Code of medical and sanitary regulations for the guidance of medical officers serving in the Madras Presidency - Volume I
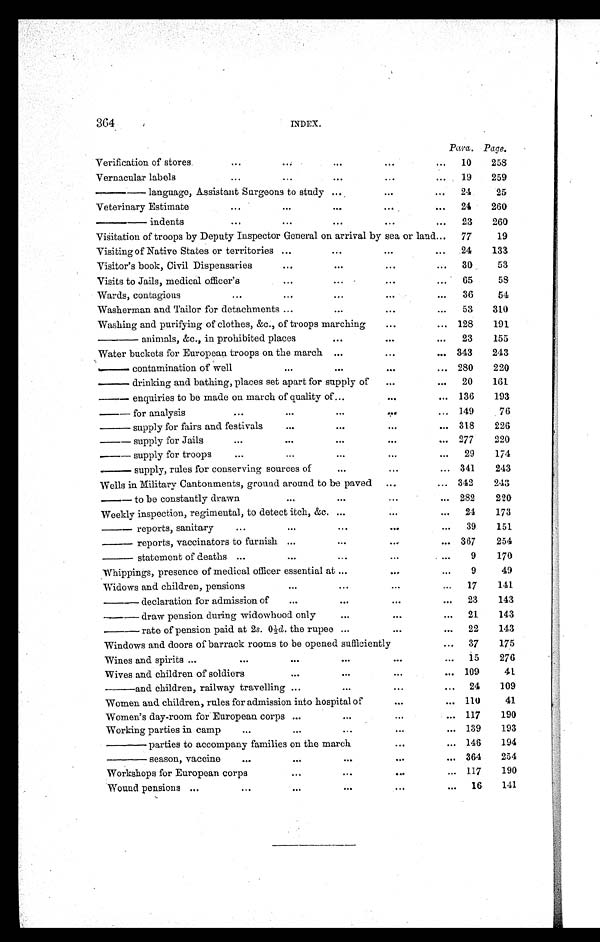
364
INDEX.
Para. Page.
Verification of stores
...
...
. . .
...
...
10
258
Vernacular labels
...
...
. . .
...
...
19
259
— — l a n g u a g e , A s s i s t a n t S u r g e o n s t o s t u d y
. . .
...
...
24
25
Veterinary Estimate
...
...
...
...
...
24
260
—— indents
...
...
. . .
...
...
23
260
Visitation of troops by Deputy Inspector General on arrival by sea or land ...
77
19
Visiting of Native States or territories ...
. . .
...
...
24
133
Visitor's book, Civil Dispensaries
...
. . .
...
...
30
53
Visits to Jails, medical officer's
...
...
...
...
65
58
Wards, contagious
...
...
. . .
...
...
36
54
Washerman and Tailor for detachments ...
...
...
...
53
310
Washing and purifying of clothes, &c., of troops marching
...
... 128
191
—— animals, &c., in prohibited places
. . .
...
...
23
155
Water buckets for European troops on the march . . .
...
...
343
243
— cont ami nat i on of wel l
...
. . .
...
... 280
220
— drinking and bathing, places set apart for supply of
...
...
20
161
— enquiries to be made on march of quality of
. . .
...
... 136
193
— for analysis
...
...
...
...
... 149
76
— supply for fairs and festivals
...
. . .
...
... 318
226
— supply for Jails
...
...
. . .
...
... 277
220
— supply for troops
...
...
...
. . .
...
29
174
— supply, rules for conserving sources of
...
...
... 341
243
Wells in Military Cantonments, ground around to be paved
...
... 342
243
— to be constantly drawn
...
. . .
...
... 282
220
Weekly inspection, regimental, to detect itch, &c. . . .
...
...
24
173
— r e p o r t s , s a n i t a r y
...
...
...
. . .
...
39
151
— reports, vaccinators to furnish ...
...
...
... 367
254
— statement of deaths ...
...
...
...
...
9
170
Whippings, presence of medical officer essential at ...
...
...
9
49
Widows and children, pensions
...
...
...
...
17
141
—— declaration for admission of
...
...
. . .
...
23
143
—— draw pension during widowhood only
. . .
...
...
21
143
—— rate of pension paid at 2 s. 0½d. the rupee ...
...
...
22
143
Windows and doors of barrack rooms to be opened sufficiently
...
37
175
Wines and spirits ...
...
...
. . .
...
...
15
276
Wives and children of soldiers
...
. . .
. . .
...
109
4 1
—— and children, railway travelling ...
...
. . .
...
24
109
Women and children, rules for admission into hospital of
...
... 110
41
Women's day-room for European corps ...
. . .
...
... 117
190
Working parties in camp
. . .
...
. . .
...
...
139
193
—— parties to accompany families on the march
...
... 146
194
—— season, vaccine
. . .
...
. . .
. . .
...
364
254
Workshops for European corps
...
...
. . .
... 117
190
Wound pensions ...
...
...
. . .
. . .
...
16
141